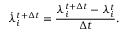
\centering \dot { \lambda } _ { i } ^ { t + \Delta t } = \frac { \lambda _ { i } ^ { t + \Delta t } - \lambda _ { i } ^ { t } } { \Delta t } .